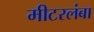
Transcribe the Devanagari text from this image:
मीटरलंबा